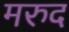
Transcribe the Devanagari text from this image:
मरुद